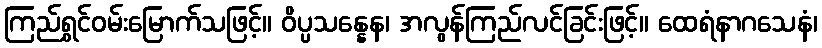
ကြည်ရွှင်ဝမ်းမြောက်သဖြင့်။ ဝိပ္ပသန္နေန၊ အလွန်ကြည်လင်ခြင်းဖြင့်။ ထေရံနာဂသေနံ၊